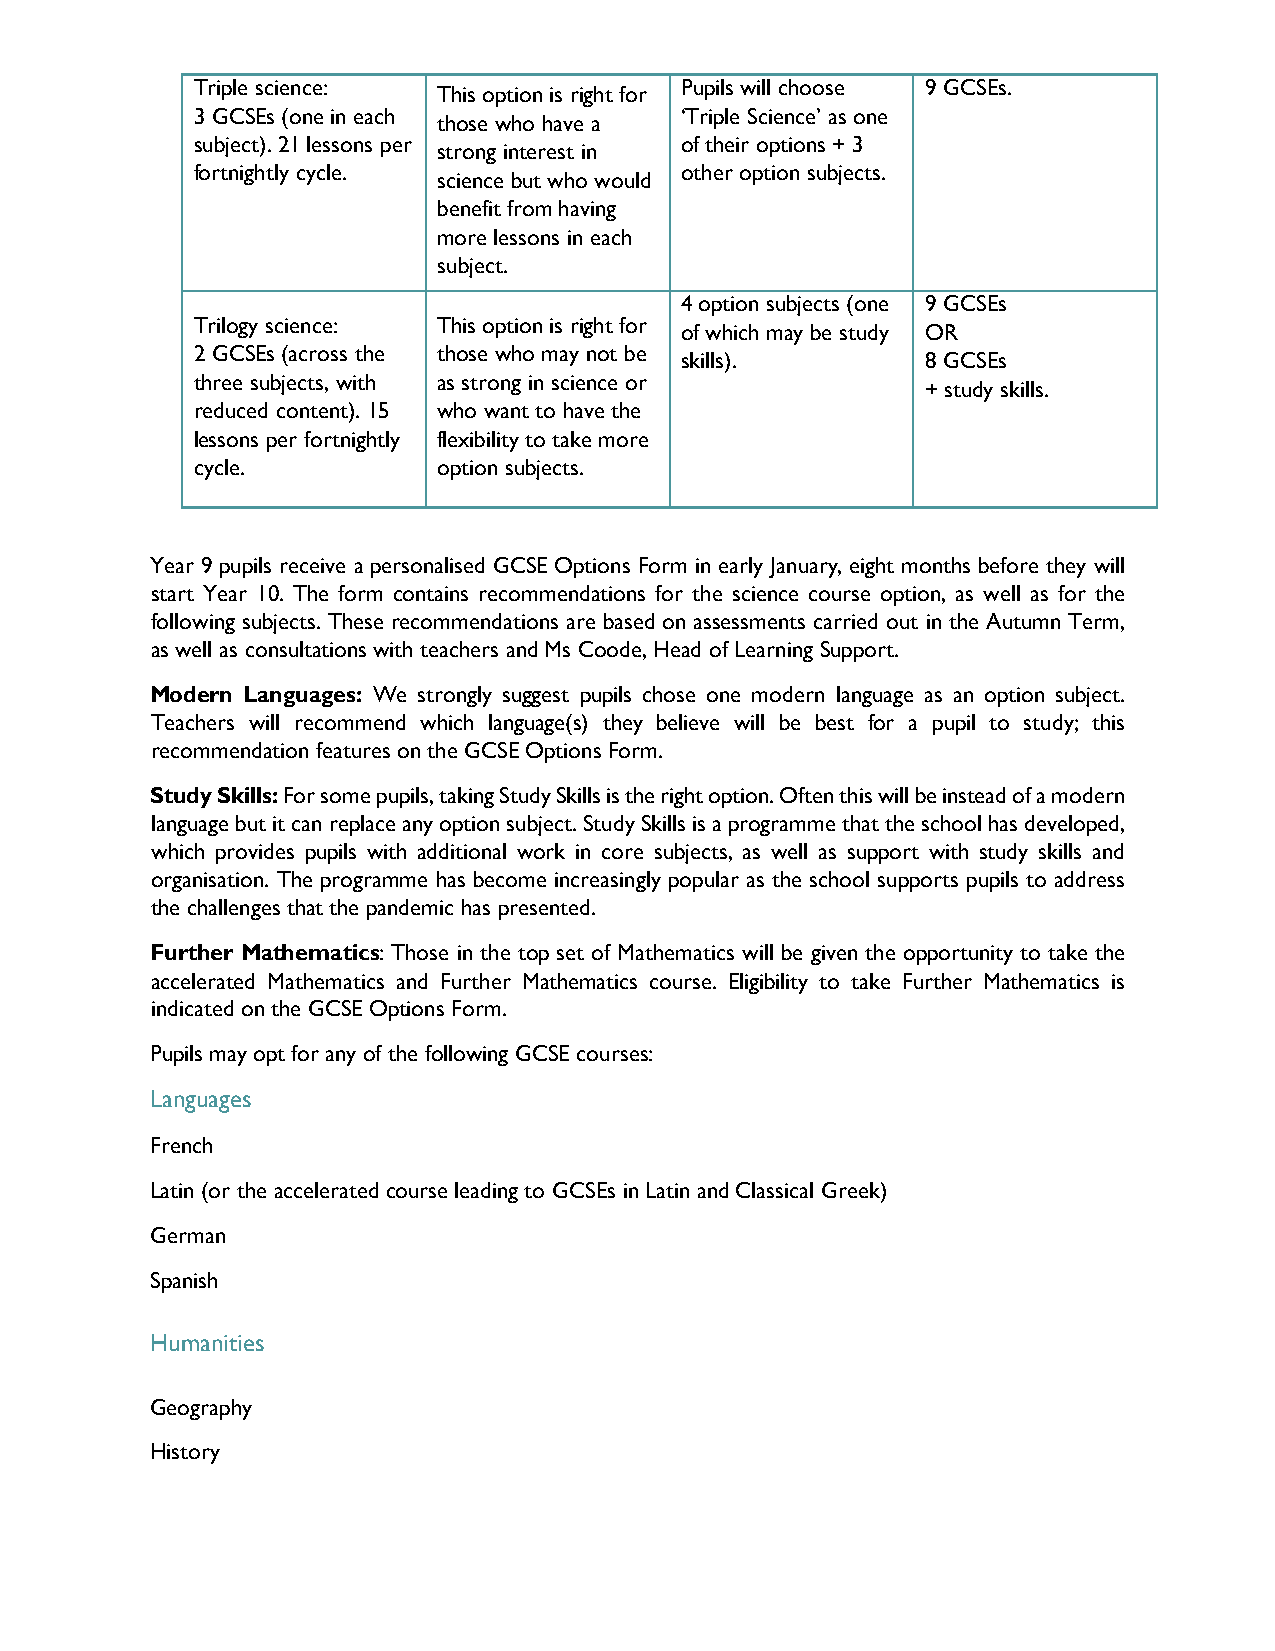
Triple science:                 Pupils will choose 9 GCSEs.
 This option is right for
 3 GCSEs (one in each            ‘Triple Science’ as one
 those who have a
 subject). 21 lessons per        of their options + 3
 strong interest in
 fortnightly cycle.              other option subjects.
 science but who would
 benefit from having
 more lessons in each
 subject.
 4 option subjects (one 9 GCSEs
 Trilogy science: This option is right for
 of which may be study OR
 2 GCSEs (across the those who may not be
 skills).        8 GCSEs
 three subjects, with as strong in science or
 + study skills.
 reduced content). 15 who want to have the
 lessons per fortnightly flexibility to take more
 cycle.          option subjects.
 Year 9 pupils receive a personalised GCSE Options Form in early January, eight months before they will
 start Year 10. The form contains recommendations for the science course option, as well as for the
 following subjects. These recommendations are based on assessments carried out in the Autumn Term,
 as well as consultations with teachers and Ms Coode, Head of Learning Support.
 Modern Languages: We strongly suggest pupils chose one modern language as an option subject.
 Teachers will recommend which language(s) they believe will be best for a pupil to study; this
 recommendation features on the GCSE Options Form.
 Study Skills: For some pupils, taking Study Skills is the right option. Often this will be instead of a modern
 language but it can replace any option subject. Study Skills is a programme that the school has developed,
 which provides pupils with additional work in core subjects, as well as support with study skills and
 organisation. The programme has become increasingly popular as the school supports pupils to address
 the challenges that the pandemic has presented.
 Further Mathematics: Those in the top set of Mathematics will be given the opportunity to take the
 accelerated Mathematics and Further Mathematics course. Eligibility to take Further Mathematics is
 indicated on the GCSE Options Form.
 Pupils may opt for any of the following GCSE courses:
 Languages
 French
 Latin (or the accelerated course leading to GCSEs in Latin and Classical Greek)
 German
 Spanish
 Humanities
 Geography
 History